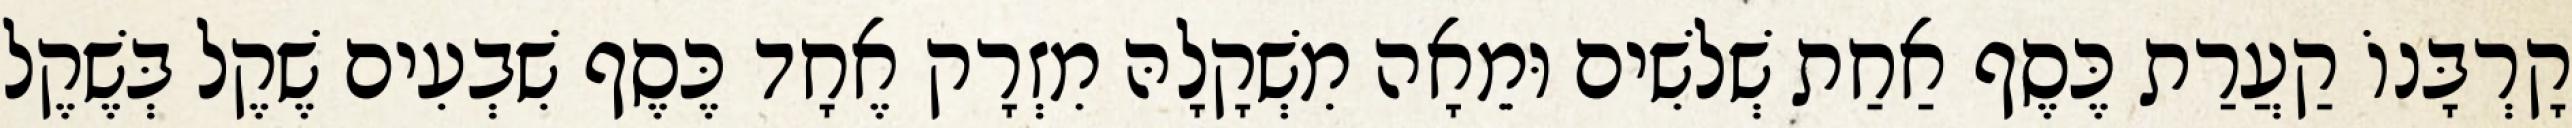
קָרְבָּנוֹ קַעֲרַת כֶּסֶף אַחַת שְׁלשִׁים וּמֵאָה מִשְׁקָלָהּ מִזְרָק אֶחָד כֶּסֶף שִׁבְעִים שֶׁקֶל בְּשֶׁקֶל